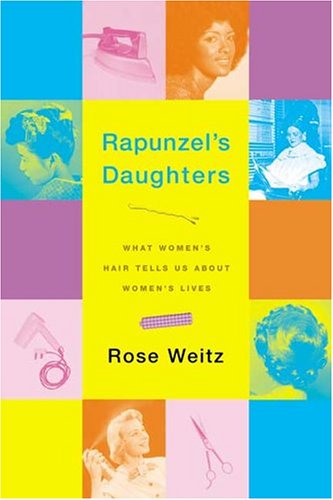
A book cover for Rapunzel's Daughters: What Women's Hair Tells Us About Women's Lives; Rose Weitz; Health, Fitness & Dieting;